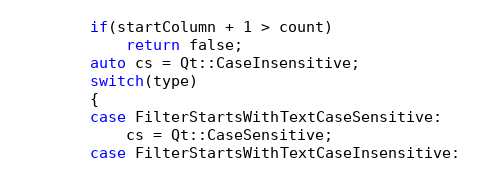
Language: C
        if(startColumn + 1 > count)
            return false;
        auto cs = Qt::CaseInsensitive;
        switch(type)
        {
        case FilterStartsWithTextCaseSensitive:
            cs = Qt::CaseSensitive;
        case FilterStartsWithTextCaseInsensitive: